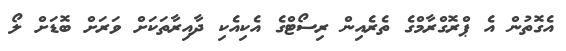
އެގޮތުން އެ ޕްރޮގްރާމްގެ ތެރެއިން ރިސޯޓްގެ އެކިއެކި ދާއިރާތަކަށް ވަރަށް ބޮޑަށް ލޯ